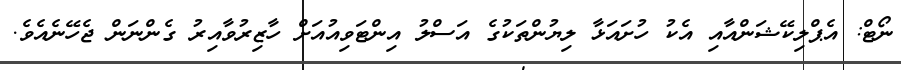
ނޯޓް: އެޕްލިކޭޝަންއާއި އެކު ހުށައަޅާ ލިޔުންތަކުގެ އަސްލު އިންޓަވިއުއަށް ހާޒިރުވާއިރު ގެންނަން ޖެހޭނެއެވެ.